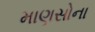
માણસોના